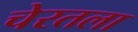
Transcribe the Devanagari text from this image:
चेरतला